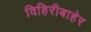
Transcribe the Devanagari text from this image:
विहिरीबाहेर